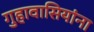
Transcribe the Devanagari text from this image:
गुहावासियांना